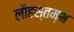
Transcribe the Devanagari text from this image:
लौहस्तम्भ